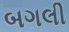
બગલી